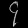
Digit: ၄